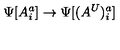
\Psi [ A _ { i } ^ { a } ] \rightarrow \Psi [ ( A ^ { U } ) _ { i } ^ { a } ]